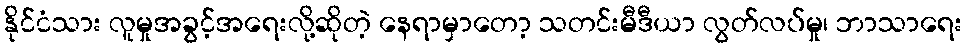
နိုင်ငံသား လူမှုအခွင့်အရေးလို့ဆိုတဲ့ နေရာမှာတော့ သတင်းမီဒီယာ လွတ်လပ်မှု၊ ဘာသာရေး